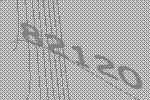
82120